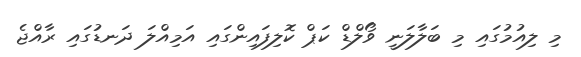
މި ލިއުމުގައި މި ބަލާލަނީ ވޯލްޑް ކަޕް ކޮލިފައިންގައި އަމިއްލަ ދަނޑުގައި ރާއްޖެ